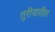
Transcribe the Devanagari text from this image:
तुरीयातीत